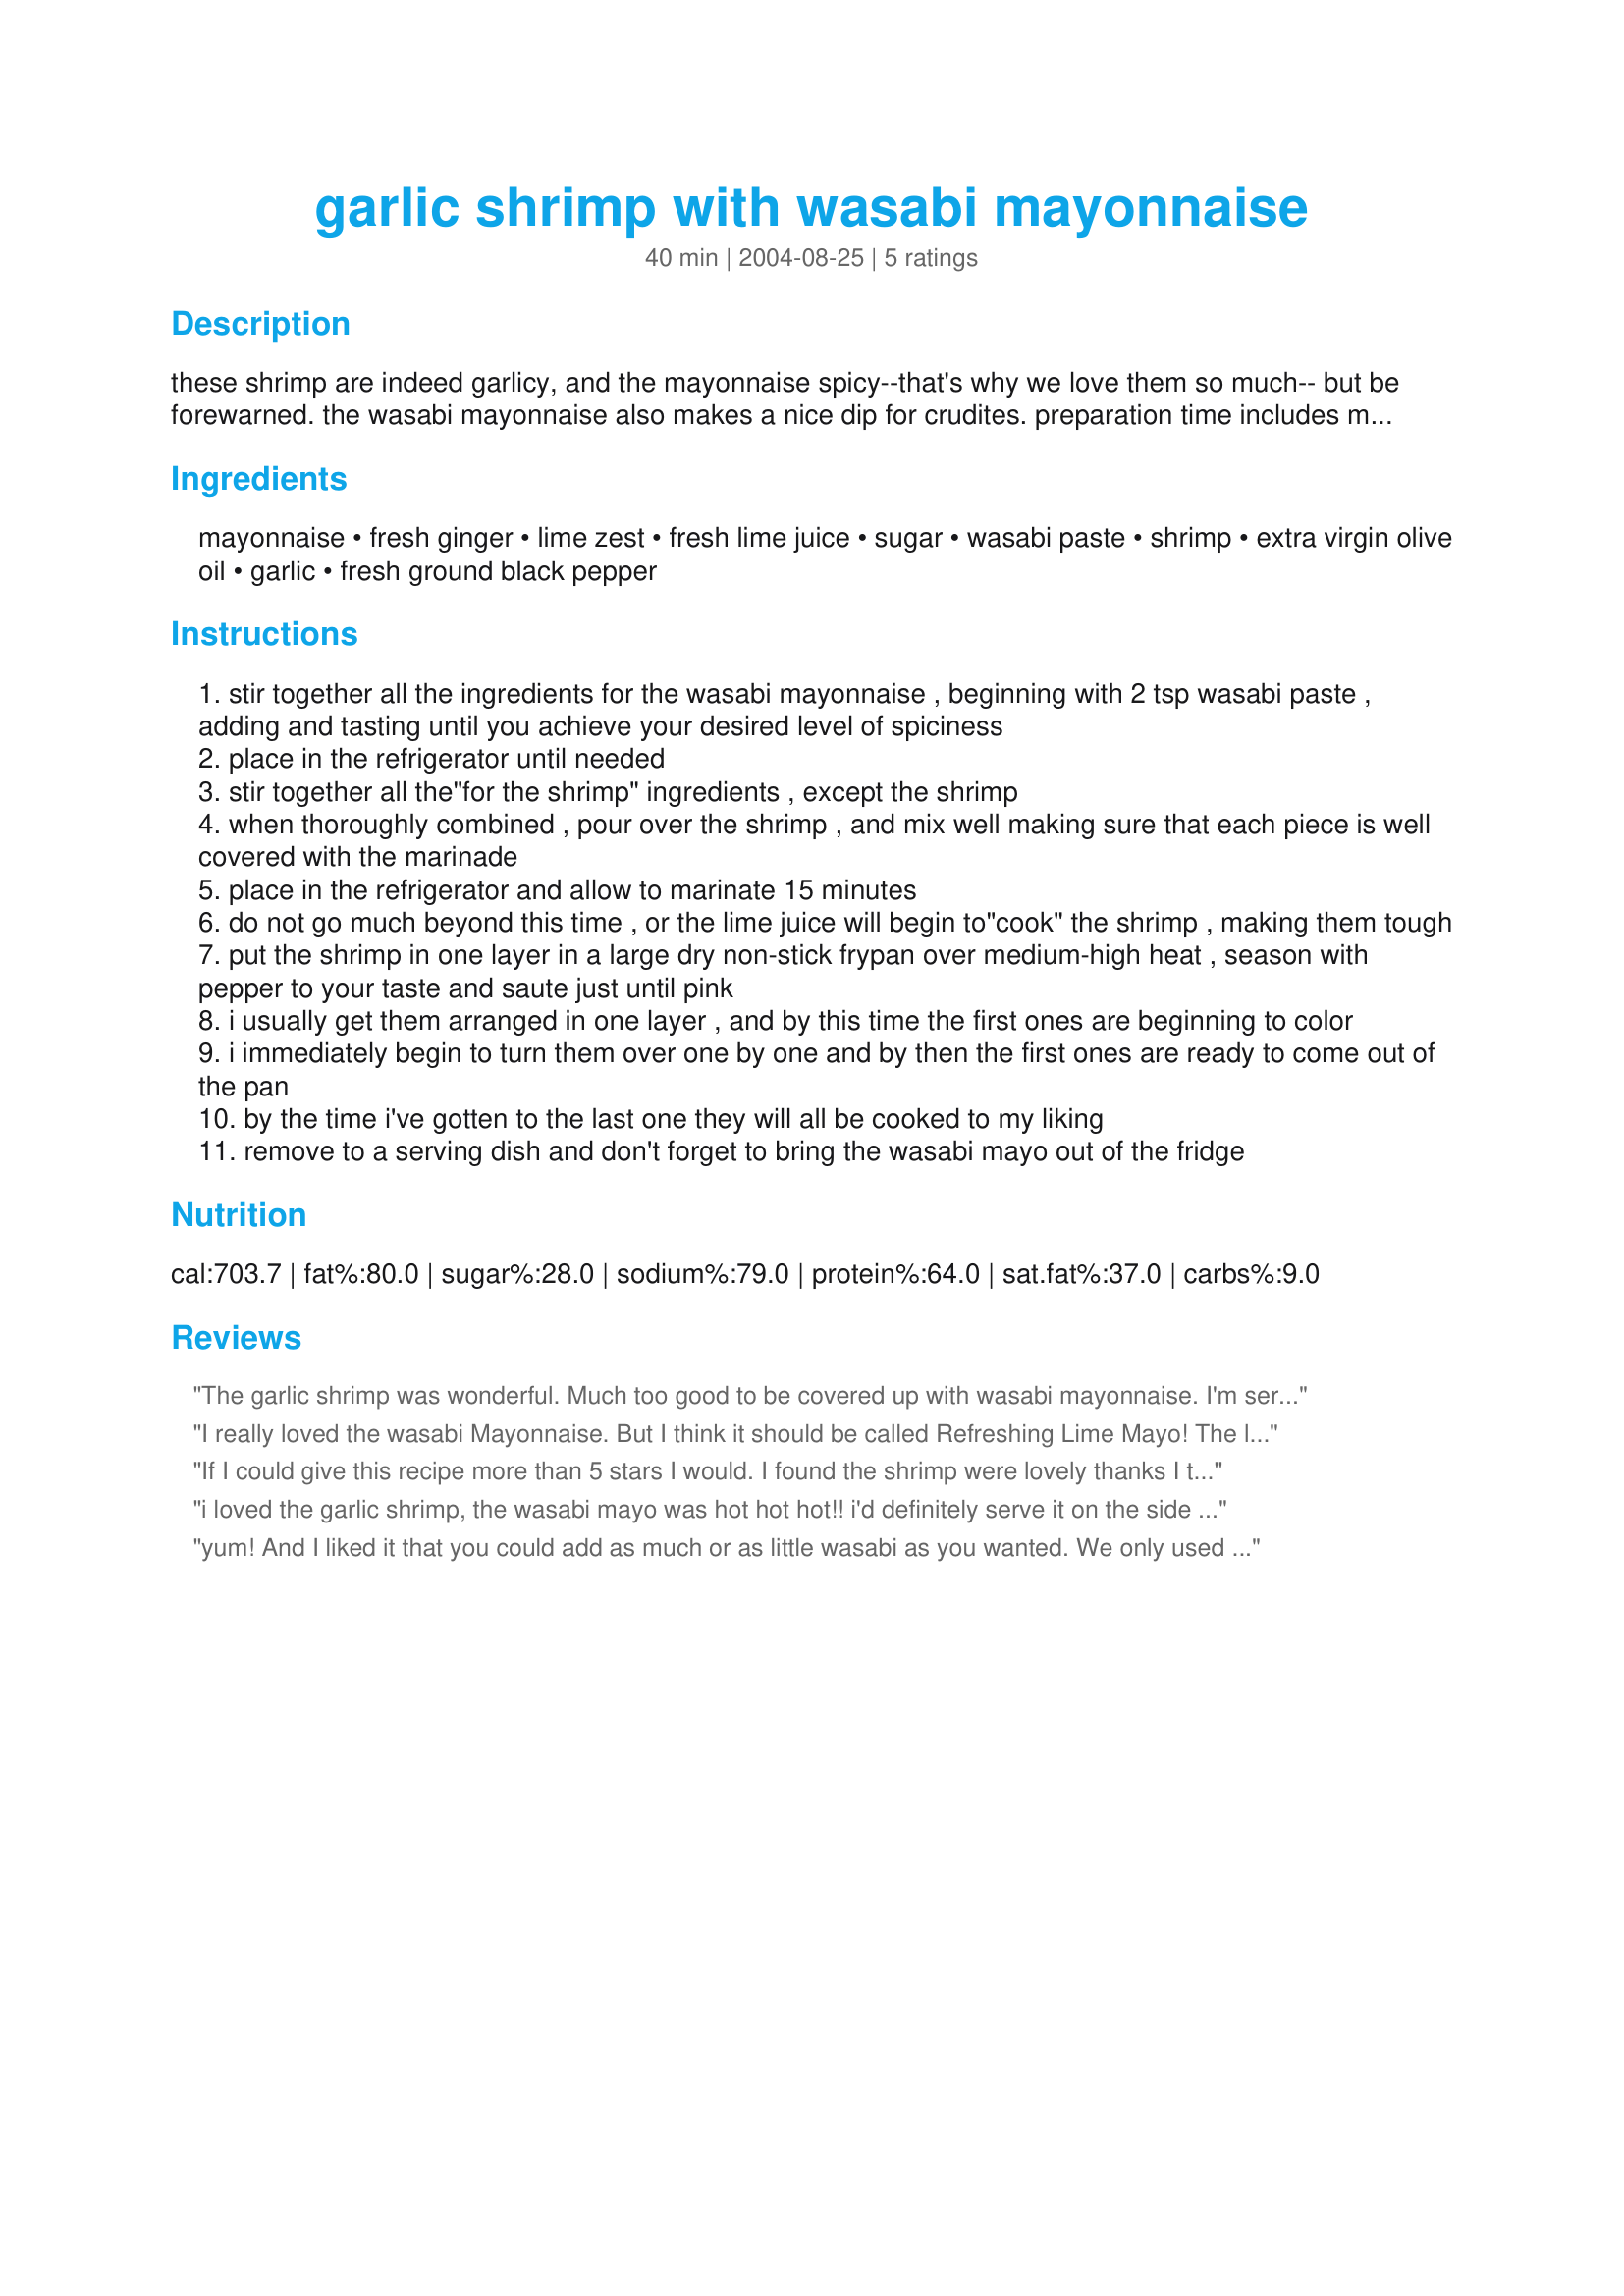
garlic shrimp with wasabi mayonnaise
Preparation time: 40 minutes

these shrimp are indeed garlicy, and the mayonnaise spicy--that's why we love them so much-- but be forewarned. the wasabi mayonnaise also makes a nice dip for crudites. preparation time includes marinating time for the shrimp

Ingredients:
mayonnaise, fresh ginger, lime zest, fresh lime juice, sugar, wasabi paste, shrimp, extra virgin olive oil, garlic, fresh ground black pepper

Steps:
stir together all the ingredients for the wasabi mayonnaise , beginning with 2 tsp wasabi paste , adding and tasting until you achieve your desired level of spiciness
place in the refrigerator until needed
stir together all the"for the shrimp" ingredients , except the shrimp
when thoroughly combined , pour over the shrimp , and mix well making sure that each piece is well covered with the marinade
place in the refrigerator and allow to marinate 15 minutes
do not go much beyond this time , or the lime juice will begin to"cook" the shrimp , making them tough
put the shrimp in one layer in a large dry non-stick frypan over medium-high heat , season with pepper to your taste and saute just until pink
i usually get them arranged in one layer , and by this time the first ones are beginning to color
i immediately begin to turn them over one by one and by then the first ones are ready to come out of the pan
by the time i've gotten to the last one they will all be cooked to my liking
remove to a serving dish and don't forget to bring the wasabi mayo out of the fridge

Reviews:
The garlic shrimp was wonderful. Much too good to be covered up with wasabi mayonnaise. I'm serving sushi tomorrow and will use the leftover wasabi maonnaise with that. Perhaps I'll try the wasabi mayonnaise with crab cakes as another reviewer recommended.
I really loved the wasabi Mayonnaise. But I think it should be called Refreshing Lime Mayo! The lime came through so crisp and refreshing! The heat I did not taste or feel! Maybe it was because I used 4 teaspoons of wasabi powder not paste. But you know I don`t care this was great! Good for those hot days of summer! This sauce would be real good on crab cakes! Thanks FlemishMinx!
If I could give this recipe more than 5 stars I would. I found the shrimp were lovely thanks I think to the amond of ginger in the marinade. The wasabi Mayonnaise was really great and I will use this recipe for other things. I used 4 teaspoons wasabi paste and it at heat but not too much, I thought the flavour was just right.
i loved the garlic shrimp, the wasabi mayo was hot hot hot!! i'd definitely serve it on the side for folks who can't take the heat. this is very quick to cook and makes a nice appetizer.
yum! And I liked it that you could add as much or as little wasabi as you wanted. We only used part of the mayo but I saved the rest. It will be awesome on a ham sandwich.
